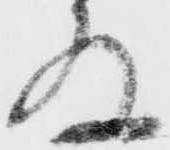
存